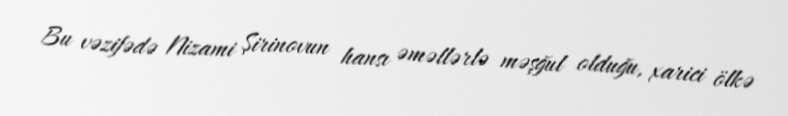
Bu vəzifədə Nizami Şirinovun hansı əməllərlə məşğul olduğu, xarici ölkə